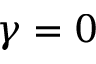
\gamma = 0